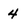
Character: 4